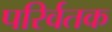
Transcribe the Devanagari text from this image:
परिर्वतक